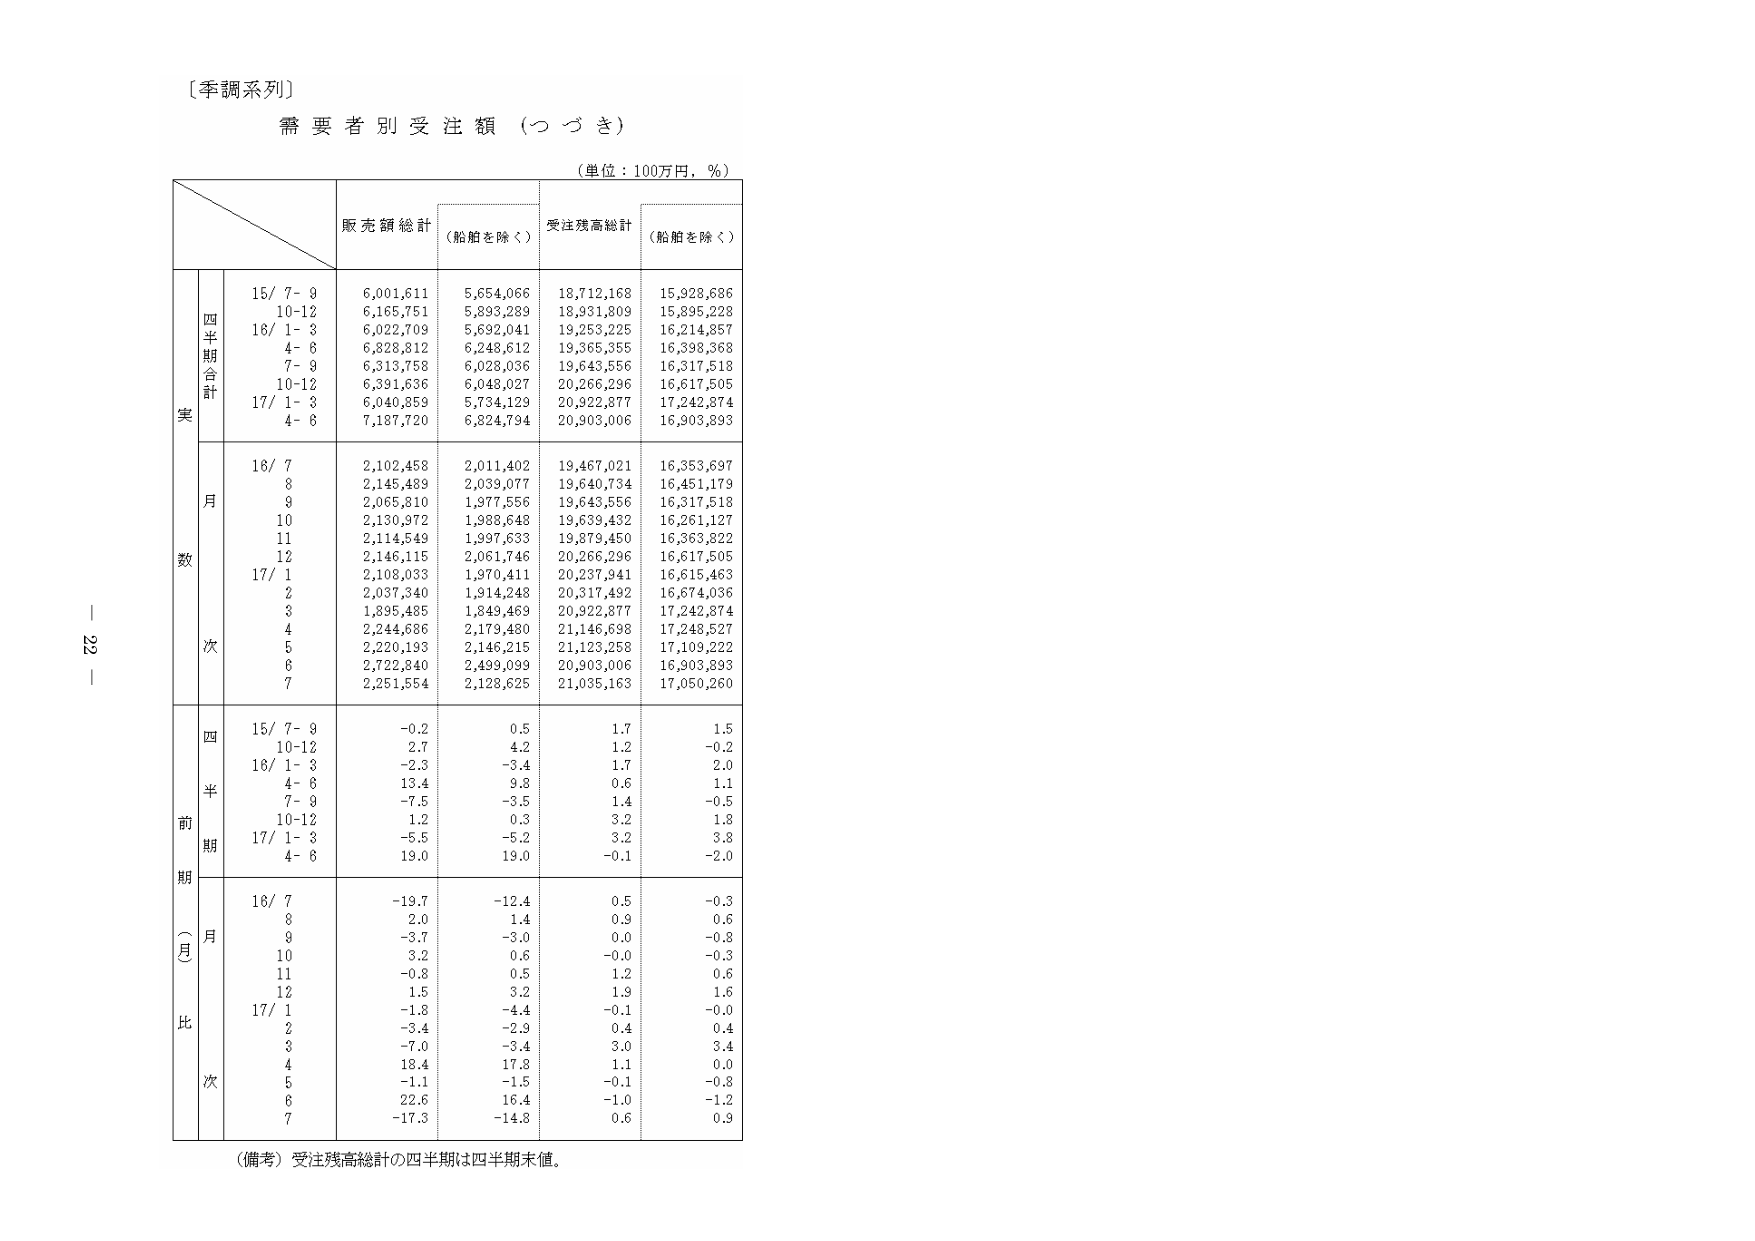
〔季調系列〕
需要者別受注額（つづき）
（単位：100万円，％）
販売額総計
（船舶を除く）
受注残高総計
（船舶を除く）
四半期合計
15/ 7－9
6,001,611
5,654,066
18,712,168
15,928,686
10-12
6,165,751
5,893,289
18,931,809
15,895,228
16/ 1－3
6,022,709
5,692,041
19,253,225
16,214,857
4－6
6,828,812
6,248,612
19,365,355
16,398,368
7－9
6,313,758
6,028,036
19,643,556
16,317,518
10-12
6,331,636
6,048,027
20,266,296
16,617,505
17/ 1－3
6,040,859
5,734,129
20,922,877
17,242,874
4－6
7,187,720
6,824,794
20,903,006
16,903,893
月数
16/ 7
2,102,458
2,011,402
19,467,021
16,353,697
8
2,145,489
2,039,077
19,640,734
16,451,179
9
2,065,810
1,977,556
19,643,556
16,317,518
10
2,130,972
1,988,648
19,639,432
16,261,127
11
2,114,549
1,997,633
19,879,450
16,363,822
12
2,146,115
2,061,746
20,266,296
16,617,505
17/ 1
2,108,033
1,970,411
20,237,941
16,615,463
2
2,037,340
1,914,248
20,317,492
16,674,036
3
1,895,485
1,849,469
20,922,877
17,242,874
4
2,244,686
2,179,480
21,146,698
17,248,527
5
2,220,193
2,146,215
21,123,258
17,109,222
6
2,722,840
2,499,099
20,903,006
16,903,893
7
2,251,554
2,128,625
21,035,163
17,050,260
四半期
15/ 7－9
－0.2
0.5
1.7
1.5
10-12
2.7
4.2
1.2
－0.2
16/ 1－3
－2.3
－3.4
1.7
2.0
4－6
13.4
9.8
0.6
1.1
7－9
－7.5
－3.5
1.4
－0.5
10-12
1.2
0.3
3.2
1.8
17/ 1－3
－5.5
－5.2
3.2
3.8
4－6
19.0
19.0
－0.1
－2.0
（月）比
16/ 7
－19.7
－12.4
0.5
－0.3
8
2.0
1.4
0.9
0.6
9
－3.7
－3.0
0.0
－0.8
10
3.2
0.6
－0.0
－0.3
11
－0.8
0.5
1.2
0.6
12
1.5
3.2
1.9
1.6
17/ 1
－1.8
－4.4
－0.1
－0.0
2
－3.4
－2.9
0.4
0.4
3
－7.0
－3.4
3.0
3.4
4
18.4
17.8
1.1
0.0
5
－1.1
－1.5
－0.1
－0.8
6
22.6
16.4
－1.0
－1.2
7
－17.3
－14.8
0.6
0.9
（備考）受注残高総計の四半期は四半期末値。